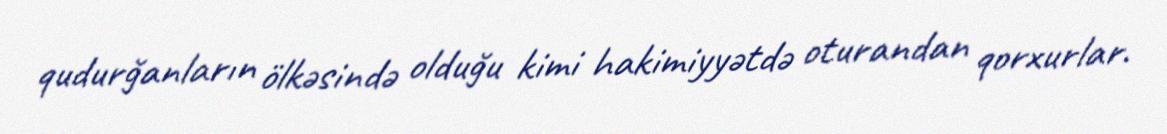
qudurğanların ölkəsində olduğu kimi hakimiyyətdə oturandan qorxurlar.